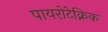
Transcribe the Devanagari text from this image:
पायरोटेक्निक